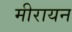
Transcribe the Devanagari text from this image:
मीरायन